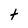
Character: t